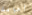
أحوالك